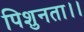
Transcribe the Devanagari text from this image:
पिशुनता।।